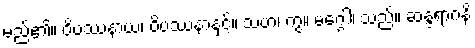
မည်၏။ ဝိပဿနာယ၊ ဝိပဿနာနှင့်။ သဟ၊ ကွ။ မဂ္ဂေါ၊ သည်။ ဆန္ဒရာဂနိ